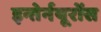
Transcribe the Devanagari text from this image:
इन्तेर्नयूरोंस